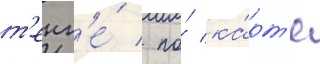
т'енг'е́ / по́ ка́рт'е